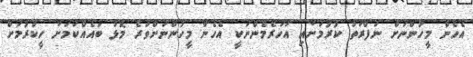
އެހެން މީހުންނަށް ނަފްރަތު ކުރުމަށާއި އަހަރެމެންނަކީ އެހެން މީހުންނަށްވުރެ މޮޅު ބައެއްކަމަށް ހީކުރުމަށް